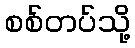
စစ်တပ်သို့